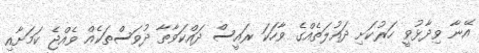
އޭނާ ވިދާޅުވީ ހަރުކަށި ދައުލަތެއްގެ ވާހަކަ ރައީސް ދައްކަވާތާ ދުވަސްތަކެއް ވެެއްޖެ ކަމަށާއި